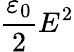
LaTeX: {\frac{\varepsilon_{0}}{2}}E^{2}